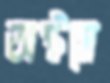
অষ্টমে